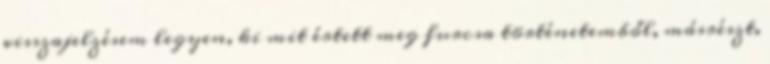
visszajelzé­sem legyen, ki mit értett meg furcsa történe­temből, másrészt,